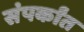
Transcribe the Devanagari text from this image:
संपर्कांत